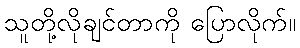
သူတို့လိုချင်တာကို ပြောလိုက်။